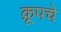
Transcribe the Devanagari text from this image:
क्रूपचे